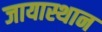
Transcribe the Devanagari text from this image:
जायास्थान